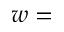
w =